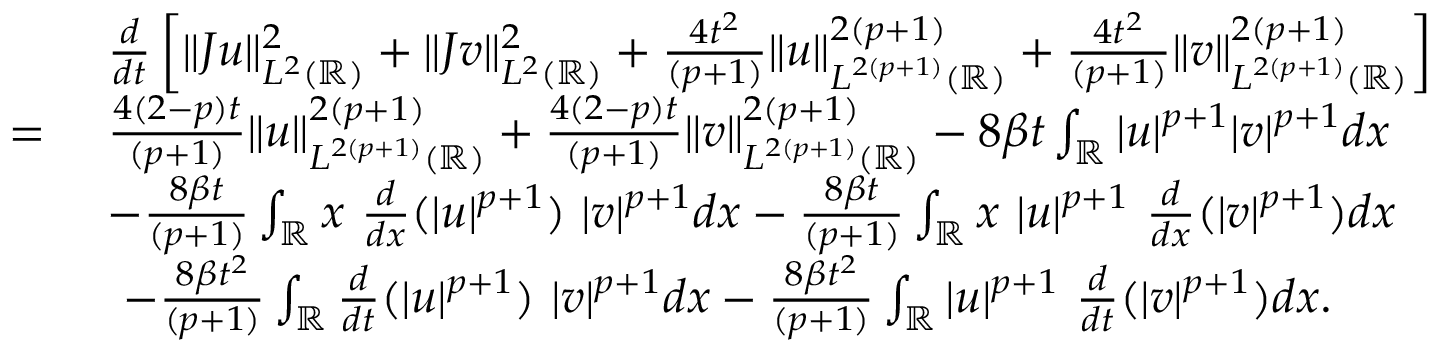
\begin{array} { r l } & { \frac { d } { d t } \left[ \| J u \| _ { L ^ { 2 } ( \mathbb { R } ) } ^ { 2 } + \| J v \| _ { L ^ { 2 } ( \mathbb { R } ) } ^ { 2 } + \frac { 4 t ^ { 2 } } { ( p + 1 ) } \| u \| _ { L ^ { 2 ( p + 1 ) } ( \mathbb { R } ) } ^ { 2 ( p + 1 ) } + \frac { 4 t ^ { 2 } } { ( p + 1 ) } \| v \| _ { L ^ { 2 ( p + 1 ) } ( \mathbb { R } ) } ^ { 2 ( p + 1 ) } \right] } \\ { = \ } & { \frac { 4 ( 2 - p ) t } { ( p + 1 ) } \| u \| _ { L ^ { 2 ( p + 1 ) } ( \mathbb { R } ) } ^ { 2 ( p + 1 ) } + \frac { 4 ( 2 - p ) t } { ( p + 1 ) } \| v \| _ { L ^ { 2 ( p + 1 ) } ( \mathbb { R } ) } ^ { 2 ( p + 1 ) } - 8 \beta t \int _ { \mathbb { R } } | u | ^ { p + 1 } | v | ^ { p + 1 } d x } \\ { \ } & { - \frac { 8 \beta t } { ( p + 1 ) } \int _ { \mathbb { R } } x \ \frac { d } { d x } ( | u | ^ { p + 1 } ) \ | v | ^ { p + 1 } d x - \frac { 8 \beta t } { ( p + 1 ) } \int _ { \mathbb { R } } x \ | u | ^ { p + 1 } \ \frac { d } { d x } ( | v | ^ { p + 1 } ) d x } \\ & { \ - \frac { 8 \beta t ^ { 2 } } { ( p + 1 ) } \int _ { \mathbb { R } } \frac { d } { d t } ( | u | ^ { p + 1 } ) \ | v | ^ { p + 1 } d x - \frac { 8 \beta t ^ { 2 } } { ( p + 1 ) } \int _ { \mathbb { R } } | u | ^ { p + 1 } \ \frac { d } { d t } ( | v | ^ { p + 1 } ) d x . } \end{array}